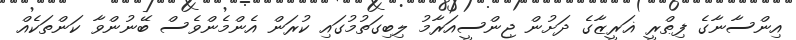
އިންސާނާގެ ފިޠްރީ ޣަރީޒާގެ ދަށުން ޖިންސީއަރާމު ލިބިގަތުމުގައި ކުރަން އެންމެންވެސް ބޭނުންވާ ކަންތަކެއް